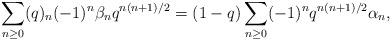
LaTeX: \begin{align*}\sum_{n\ge0}(q)_{n}(-1)^n\beta_nq^{n(n+1)/2}=(1-q)\sum_{n\ge0}(-1)^nq^{n(n+1)/2}\alpha_n,\end{align*}